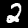
Digit: 2